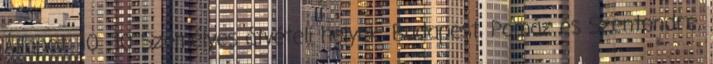
Állapot: 10 10 Személyes átvételi helyek: Budapest, Pomáz és Szentendre,